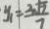
y _ { 1 } = \frac { 3 \sqrt { 7 } } { 7 }